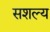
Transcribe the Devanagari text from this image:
सशल्य